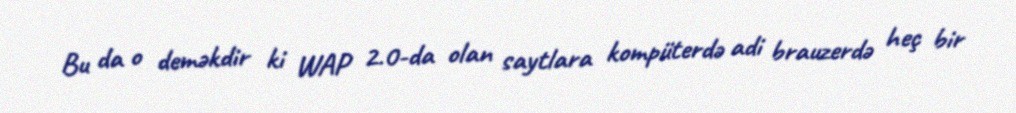
Bu da o deməkdir ki WAP 2.0-da olan saytlara kompüterdə adi brauzerdə heç bir